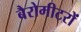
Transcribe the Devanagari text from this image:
बैरोमीटरों